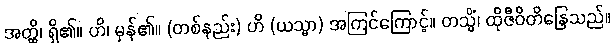
အတ္ထိ၊ ရှိ၏။ ဟိ၊ မှန်၏။ (တစ်နည်း) ဟိ (ယသ္မာ) အကြင်ကြောင့်။ တသ္မိံ၊ ထိုဇီဝိတိန္ဒြေသည်။